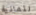
لثمانية